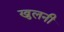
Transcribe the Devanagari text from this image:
खुलनी